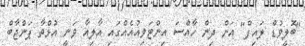
"ބޮލީވުޑް ލައިފް" އަށް ދިން ހާއްސަ އިންޓަވިއުއެއްގައި އާލިއާ ވަނީ އުޅްތާ ޕަންޖާބް